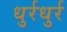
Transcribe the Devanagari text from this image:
धुर्रधुर्र